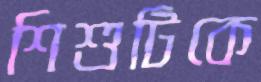
শিশুটিকে